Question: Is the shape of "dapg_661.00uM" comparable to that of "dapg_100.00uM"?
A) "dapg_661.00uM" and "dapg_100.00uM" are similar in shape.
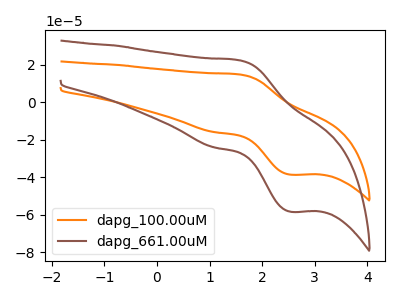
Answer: <think>The orange curve "dapg_100.00uM" has an anodic peak at (1.55V, 14.75uA) and a cathodic peak at (2.55V, -38.60uA). The brown curve "dapg_661.00uM" has an anodic peak at (1.55V, 22.35uA) and a cathodic peak at (2.55V, -58.35uA).
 All the peaks in "dapg_661.00uM" have a peak in "dapg_100.00uM" at the same potential. Every peak in "dapg_661.00uM" is higher than every peak in "dapg_100.00uM".</think>
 <answer>A) "dapg_661.00uM" and "dapg_100.00uM" are similar in shape.</answer>
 <eval>A</eval>